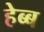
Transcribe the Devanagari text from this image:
हेब्ब